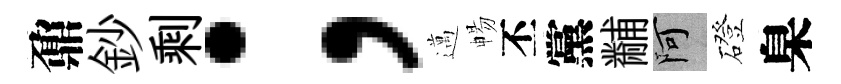
鼐鈔剩；邁暢丕黨黼阿磴臬